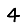
Digit: 4